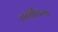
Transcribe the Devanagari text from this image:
क्वॉपिया